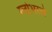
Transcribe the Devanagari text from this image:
ग्लोभरले